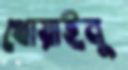
থোয়াইনু